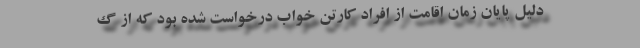
دلیل پایان زمان اقامت از افراد کارتن خواب درخواست شده بود که از گ